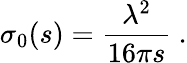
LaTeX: \sigma_{0}(s)=\frac{\lambda^{2}}{16\pi s}\ .